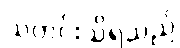
သတင်းသိရသည်